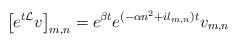
LaTeX: \begin{align*}\left [ e^{t \mathcal{L}} v \right ]_{m,n} = e^{\beta t} e^{(-\alpha n^2 + i l_{m,n} )t} v_{m,n} \end{align*}